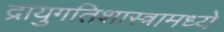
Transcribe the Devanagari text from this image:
द्रायुगतिशास्त्रामध्ये